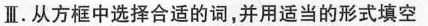
Ⅲ.从方框中选择合适的词,并用适当的形式填空